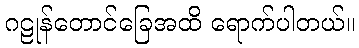
ဂဠုန်တောင်ခြေအထိ ရောက်ပါတယ်။